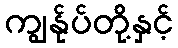
ကျွန်ုပ်တို့နှင့်